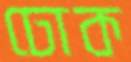
ঢোক